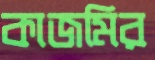
কাজমির